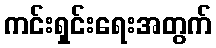
ကင်းရှင်းရေးအတွက်